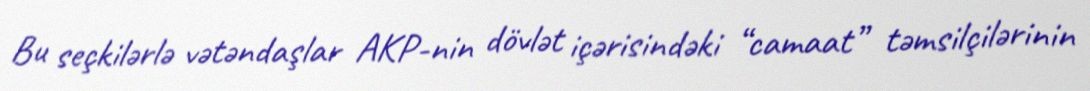
Bu seçkilərlə vətəndaşlar AKP-nin dövlət içərisindəki “camaat” təmsilçilərinin